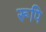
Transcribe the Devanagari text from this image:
रूपि